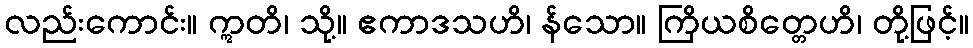
လည်းကောင်း။ ဣတိ၊ သို့။ ဧကာဒသဟိ၊ န်သော။ ကြိယစိတ္တေဟိ၊ တို့ဖြင့်။